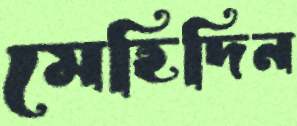
মেহিদিন